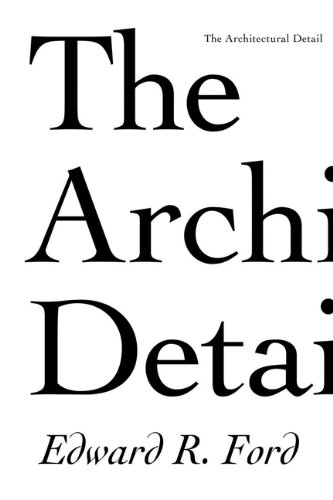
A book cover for The Architectural Detail; Edward R. Ford; Arts & Photography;